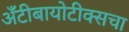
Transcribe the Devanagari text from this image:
अँटीबायोटीक्सचा